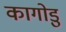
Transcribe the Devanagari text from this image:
कागोडु